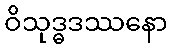
ဝိသုဒ္ဓဒဿနော